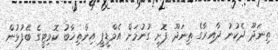
ތިނަދޫ ދެކުނު ދާއިރާގެ ތިނަދޫ ފޮށި ގުނުމަށް އެމްޑީޕީ އިންތިޚާބު ކޮމިޓީގެ ބޭފުޅުން